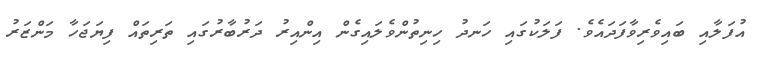
އުފަލާއި ބައިވެރިވާފަދައެވެ. ފަލަކުގައި ހަނދު ހިނިތުންވެލައިގެން އިންއިރު ދަރުބާރުގައި ތަރިތައް ފިޔަޖަހާ މަންޒަރު